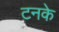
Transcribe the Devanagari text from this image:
टनके